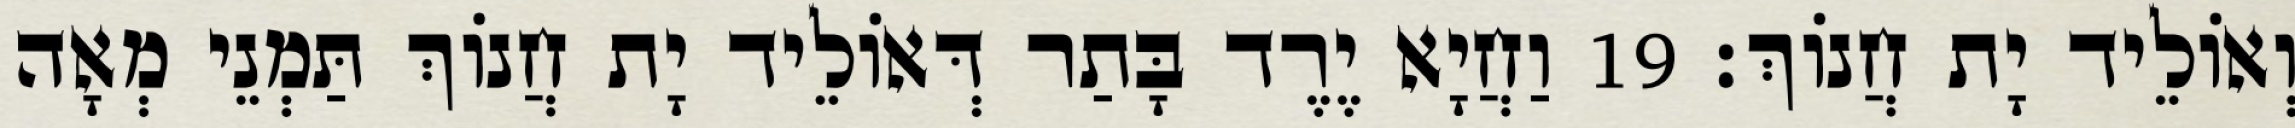
וְאוֹלֵיד יָת חֲנוֹךְ׃ 19 וַחֲיָא יֶרֶד בָּתַר דְּאוֹלֵיד יָת חֲנוֹךְ תַּמְנֵי מְאָה